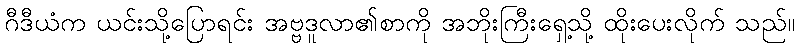
ဂီဒီယံက ယင်းသို့ပြောရင်း အဗ္ဗဒူလာ၏စာကို အဘိုးကြီးရှေ့သို့ ထိုးပေးလိုက် သည်။